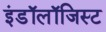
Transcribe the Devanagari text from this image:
इंडॉलॉजिस्ट